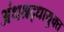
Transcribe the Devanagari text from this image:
अंधश्रद्धायुक्त